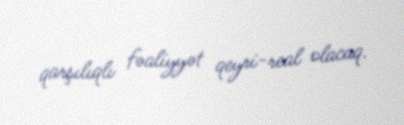
qarşılıqlı fəaliyyət qeyri-real olacaq.